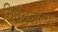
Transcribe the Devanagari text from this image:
चिघळलेल्या